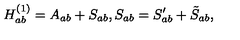
H _ { a b } ^ { ( 1 ) } = A _ { a b } + S _ { a b } , S _ { a b } = S _ { a b } ^ { \prime } + \tilde { S } _ { a b } ,